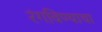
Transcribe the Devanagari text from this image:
रंगविण्याचा